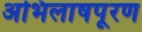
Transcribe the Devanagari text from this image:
अभिलाषपूरण